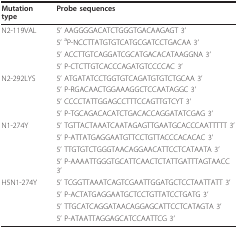
| Mutation type | Probe sequences |
 | --- | --- |
 | N2-119VAL | 5' AAGGGGACATCTGGGTGACAAGAGT 3' |
 |  | 5' aP-NCCTTATGTGTCATGCGATCCTGACAA 3' |
 |  | 5' ACCTTGTCAGGATCGCATGACACATAAGGNA 3' |
 |  | 5' P-CTCTTGTCACCCAGATGTCCCCAC 3' |
 | N2-292LYS | 5' ATGATATCCTGGTGTCAGATGTGTCTGCAA 3' |
 |  | 5' P-RGACAACTGGAAAGGCTCCAATAGGC 3' |
 |  | 5' CCCCTATTGGAGCCTTTCCAGTTGTCYT 3' |
 |  | 5' P-TGCAGACACATCTGACACCAGGATATCGAG 3' |
 | N1-274Y | 5' TGTTACTAAATCAATAGAGTTGAATGCACCCAATTTTT 3' |
 |  | 5' P-ATTATGAGGAATGTTCCTGTTACCCACACAC 3' |
 |  | 5' TTGTGTCTGGGTAACAGGAACATTCCTCATAATA 3' |
 |  | 5' P-AAAATTGGGTGCATTCAACTCTATTGATTTAGTAACC 3' |
 | H5N1-274Y | 5' TCGGTTAAATCAGTCGAATTGGATGCTCCTAATTATT 3' |
 |  | 5' P-ACTATGAGGAATGCTCCTGTTATCCTGATG 3' |
 |  | 5' TTGCATCAGGATAACAGGAGCATTCCTCATAGTA 3' |
 |  | 5' P-ATAATTAGGAGCATCCAATTCG 3' |